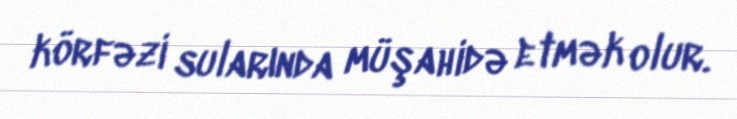
körfəzi sularında müşahidə etmək olur.